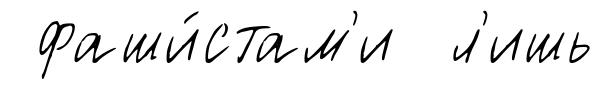
фаши́стам'и л'ишь